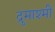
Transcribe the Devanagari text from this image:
द्रुमाश्मी